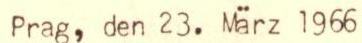
Prag, den 23. März 1966